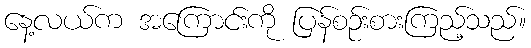
နေ့လယ်က အကြောင်းကို ပြန်စဉ်းစားကြည့်သည်။